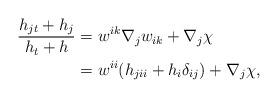
LaTeX: \begin{align*}\frac{h_{jt}+ h_{j}}{h_{t}+ h}&= w^{ik}\nabla_{j}w_{ik}+\nabla_{j}\chi\\&= w^{ii}(h_{jii}+h_{i}\delta_{ij})+\nabla_{j}\chi,\end{align*}